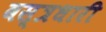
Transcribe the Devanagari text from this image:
वस्‍त्रधारी